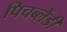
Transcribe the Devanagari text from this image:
पिचब्लेंडी